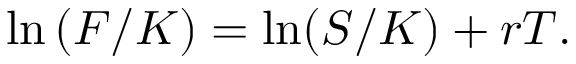
\ln \left( F / K \right) = \ln ( S / K ) + r T .